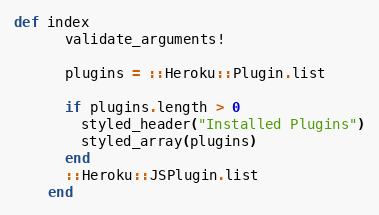
Language: Ruby
def index
      validate_arguments!

      plugins = ::Heroku::Plugin.list

      if plugins.length > 0
        styled_header("Installed Plugins")
        styled_array(plugins)
      end
      ::Heroku::JSPlugin.list
    end